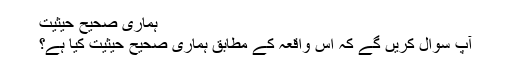
ہماری صحیح حیثیت
آپ سوال کریں گے کہ اس واقعہ کے مطابق ہماری صحیح حیثیت کیا ہے؟